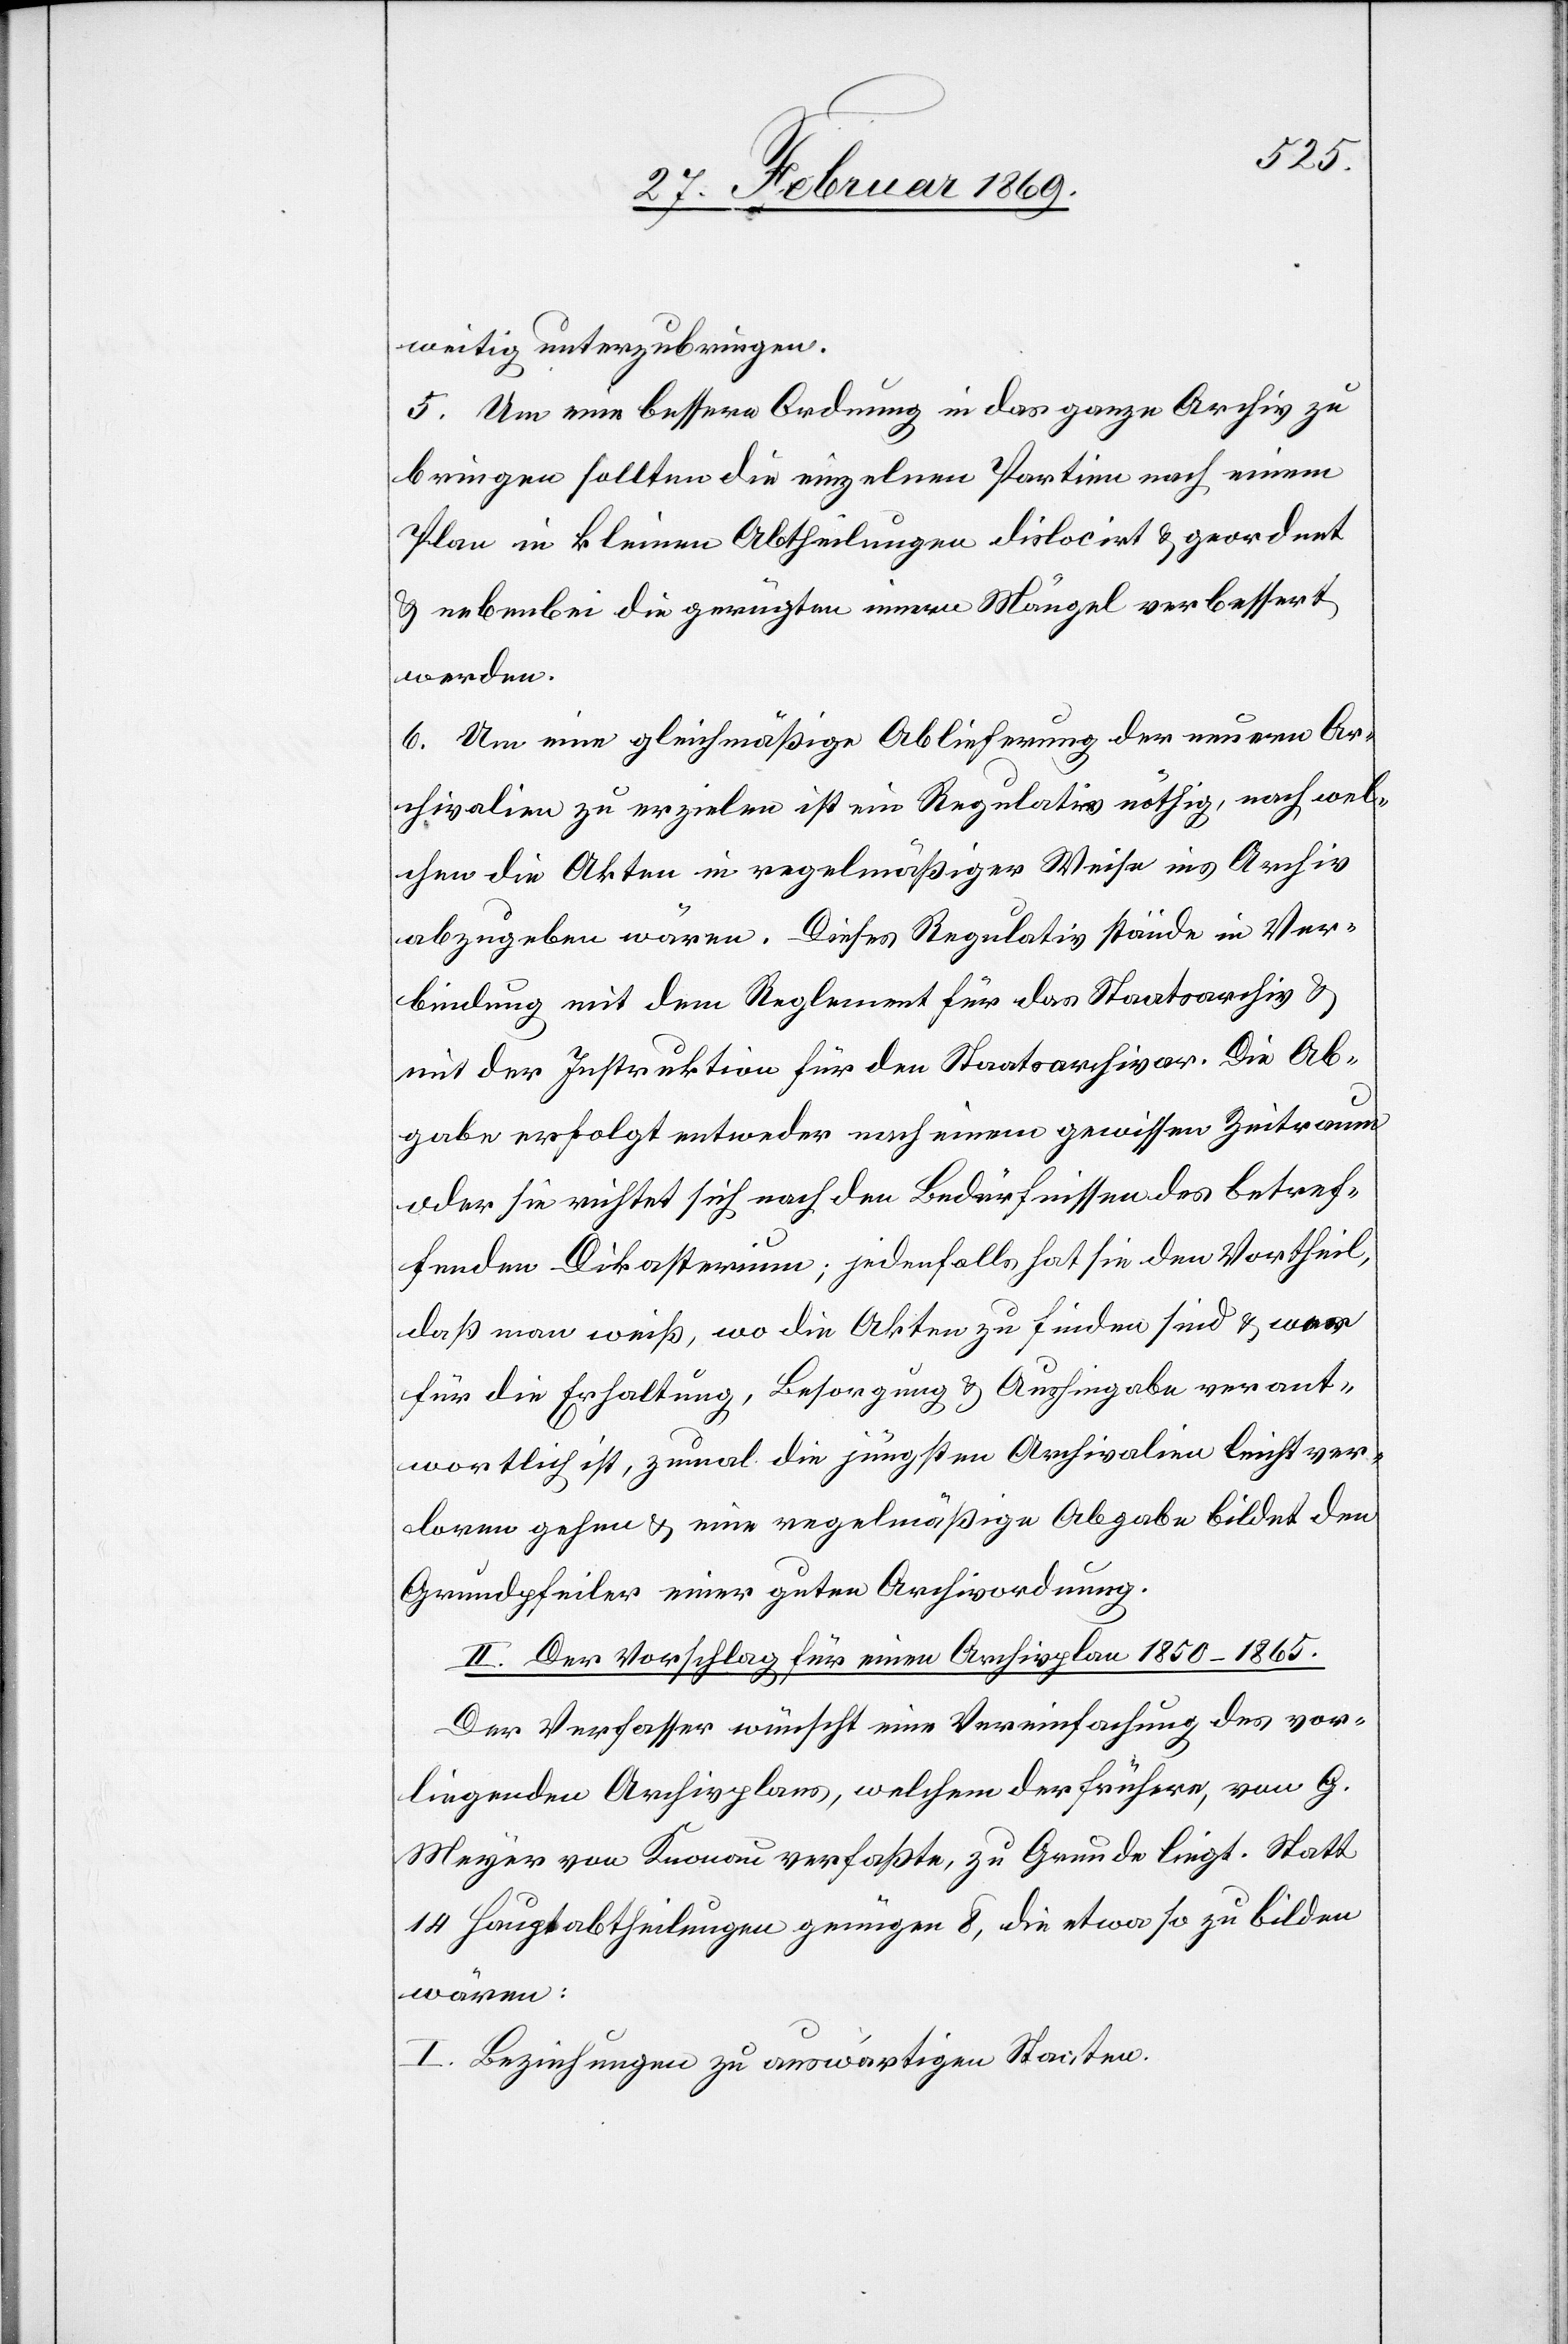
weitig unterzubringen.
5. Um eine bessere Ordnung in das ganze Archiv zu
bringen sollten die einzelnen Partien nach einem
Plan in kleinen Abtheilungen dislocirt & geordnet
& nebenbei die gerügten innern Mängel verbessert
werden.
6. Um eine gleichmäßige Ablieferung der neuern Ar¬
chivalien zu erzielen ist ein Regulativ nöthig, nach wel¬
chem die Akten in regelmäßiger Weise ins Archiv
abzugeben wären. Dieses Regulativ stände in Ver¬
bindung mit dem Reglement für das Staatsarchiv &
mit der Instruktion für den Staatsarchivar. Die Ab¬
gabe erfolgt entweder nach einem gewissen Zeitraum
oder sie richtet sich nach den Bedürfnissen des betref¬
fenden Dikasterium; jedenfalls hat sie den Vortheil,
daß man weiß, wo die Akten zu finden sind & wer
für die Erhaltung, Besorgung & Aushingabe verant¬
wortlich ist, zumal die jüngsten Archivalien leicht ver¬
loren gehen, u. eine regelmäßige Abgabe bildet den
Grundpfeiler einer guten Archivordnung.
II. Der Vorschlag für einen Archivplane 1850–1865.
Der Verfasser wünscht eine Vereinfachung des vor¬
liegenden Archivplanes, welchem der frühere, von G.
Meyer von Knonau verfaßte, zu Grunde liegt. Statt
14 Hauptabtheilungen genügen 8, die etwa so zu bilden
wären:
I. Beziehungen zu auswärtigen Staaten.